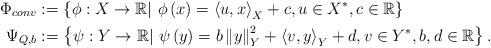
LaTeX: \begin{align*}\Phi_{conv} & :=\left\{ \phi:X\to\mathbb{R}|\ \phi\left(x\right)=\left\langle u,x\right\rangle_X + c ,u\in X^{*}, c\in \mathbb{R}\right\} \\\Psi_{Q,b} & :=\left\{ \psi:Y\to\mathbb{R}|\ \psi\left(y\right)= b\left\Vert y\right\Vert ^{2}_Y+\left\langle v,y\right\rangle_Y +d,v\in Y^{*},b,d\in\mathbb{R}\right\}.\end{align*}